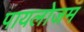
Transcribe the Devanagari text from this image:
पायलोजम